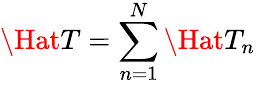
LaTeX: \Hat{T}=\sum_{n=1}^{N}\Hat{T}_{n}